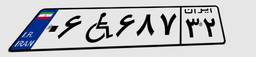
۰۶W۶۸۷۳۲